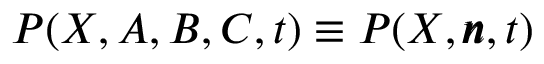
P ( X , A , B , C , t ) \equiv P ( X , \pmb { n } , t )